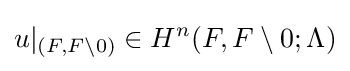
u|_{(F,F\setminus 0)}\in H^{n}(F,F\setminus 0;\Lambda )